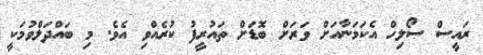
ރައީސް ސޯލިހް އެކަމަނާއަށް ވަރަށް ބޮޑަށް ތައުރީފު ކުރެއްވި އެވެ. މި ބައްދަލްވުމަކީ